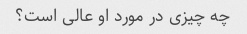
چه چیزی در مورد او عالی است؟